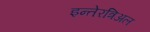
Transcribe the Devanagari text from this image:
इन्तेरत्रिअल